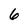
Character: 6